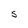
Character: S